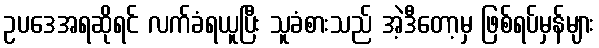
ဥပဒေအရဆိုရင် လက်ခံရယူပြီး သူခံစားသည် အဲ့ဒီတော့မှ ဖြစ်ရပ်မှန်များ